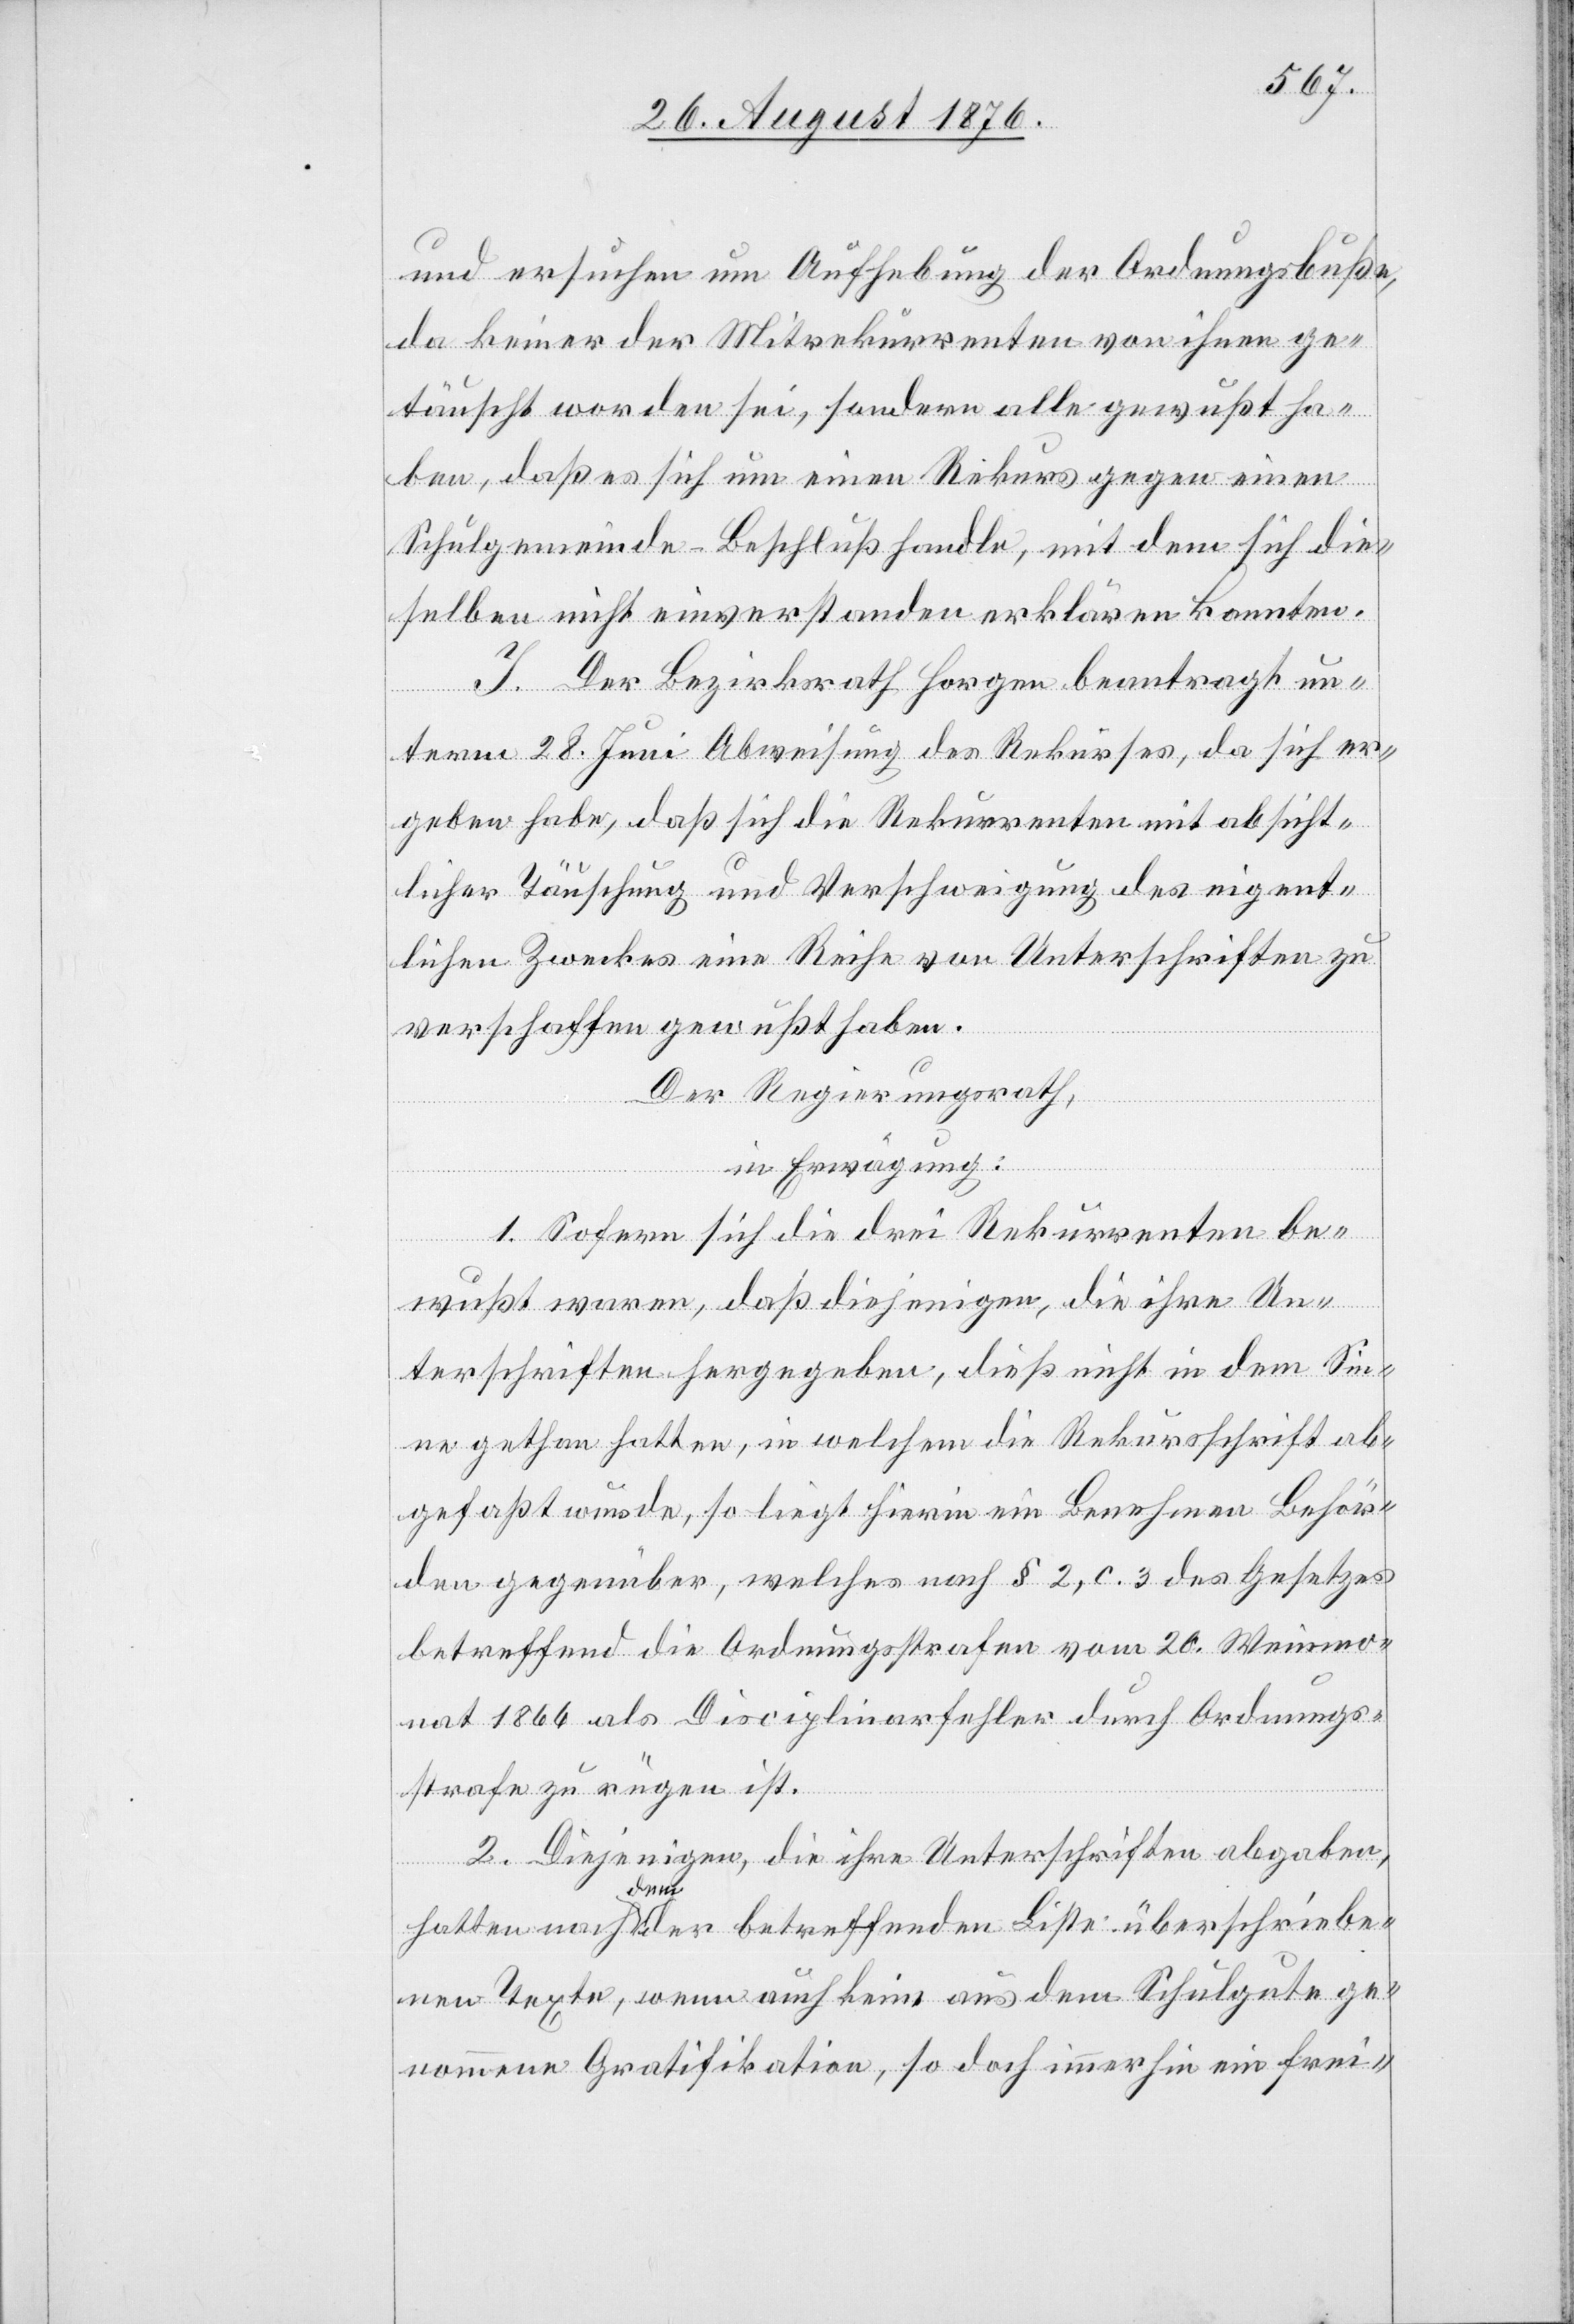
und ersuchen um Aufhebung der Ordnungsbuße,
da keiner der Mitrekurrenten von ihnen ge¬
täuscht worden sei, sondern alle gewußt ha¬
ben, daß es sich um einen Rekurs gegen einen
Schulgemeinde-Beschluß handle, mit dem sich die¬
selben nicht einverstanden erklären konnten.
J. Der Bezirksrath Horgen beantragt un¬
term 28. Juni Abweisung des Rekurses, da sich er¬
geben habe, daß sich die Rekurrenten mit absicht¬
licher Täuschung und Verschweigung des eigent¬
lichen Zweckes eine Reihe von Unterschriften zu
verschaffen gewußt haben.
Der Regierungsrath,
in Erwägung:
1. Sofern sich die drei Rekurrenten be¬
wußt waren, daß diejenigen, die ihre Un¬
terschriften hergegeben, dieß nicht in dem Sin¬
ne gethan hatten, in welchem die Rekursschrift ab¬
gefaßt wurde, so liegt hierin ein Benehmen Behör¬
den gegenüber, welches nach § 2, c. 3 des Gesetzes
betreffend die Ordnungsstrafen vom 20. Weinmo¬
nat 1866 als Disciplinarfehler durch Ordnungs¬
strafe zu rügen ist.
2. Diejenigen, die ihre Unterschriften abgaben,
hatten nach dem der betreffenden Liste überschriebe¬
nen Texte, wenn auch keine aus dem Schulgute ge¬
nommene Gratifikation, so doch immerhin ein frei-